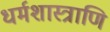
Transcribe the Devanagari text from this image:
धर्मशास्त्राणि